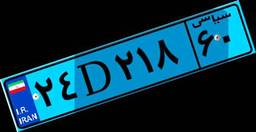
۰۱D۹۷۴۹۸